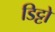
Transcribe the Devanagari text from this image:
डिट्टो